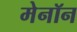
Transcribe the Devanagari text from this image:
मेनॉन